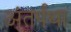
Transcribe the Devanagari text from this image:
अंतर्पंथा